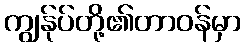
ကျွန်ုပ်တို့၏တာဝန်မှာ